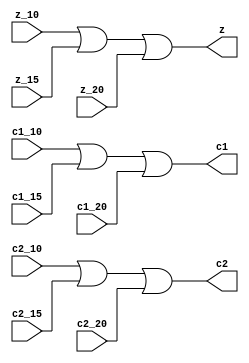
//--------------------------------------------------------------------------------------------------
//
// Title       : Result
// Design      : design0
// Company     : Mahmoud Galal
//
//-------------------------------------------------------------------------------------------------
//
// Generated   : Sun Dec 17 01:01:50 2023
// From        : interface description file
// By          : Itf2Vhdl ver. 1.20
//
//-------------------------------------------------------------------------------------------------
//
// Description : 
//
//-------------------------------------------------------------------------------------------------
`timescale 1 ns / 1 ps

//{{ Section below this comment is automatically maintained
//   and may be overwritten
//{module {Result}}
module Result (z_10,z_15,z_20,c1_10,c1_15,c1_20,c2_10,c2_15,c2_20,z,c1,c2);
	input z_10,z_15,z_20,c1_10,c1_15,c1_20,c2_10,c2_15,c2_20;
	
	output z,c1,c2;
	
	assign z= z_10 | z_15 | z_20;
	assign c1= c1_10 | c1_15 | c1_20;
	assign c2= c2_10 | c2_15 | c2_20;
	
endmodule